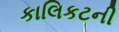
કાલિકટની